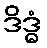
ဒိဒ္ဓံ